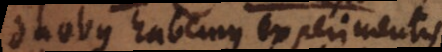
duobus habemus experimentis